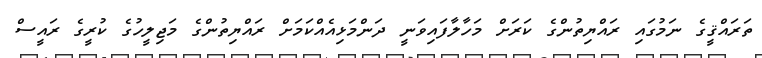
ތަރައްޤީގެ ނަމުގައި ރައްޔިތުންގެ ކަރަށް މަހާލާފައިވަނީ ދަންމަޅިއެއްކަމަށް ރައްޔިތުންގެ މަޖިލީހުގެ ކުރީގެ ރައީސް